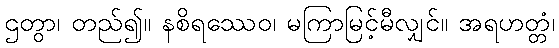
ဌတွာ၊ တည်၍။ နစိရဿေဝ၊ မကြာမြင့်မီလျှင်။ အရဟတ္တံ၊